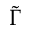
\widetilde { \Gamma }